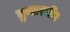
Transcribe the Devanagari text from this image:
घुमाएगी।